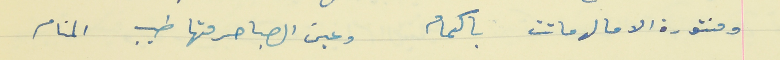
ومنتورة الامال ماتت باكمام                                      وعين الصبا  حرمتها طيب المنام